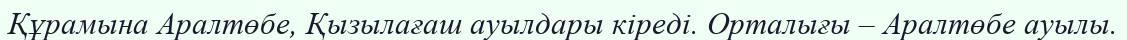
Құрамына Аралтөбе, Қызылағаш ауылдары кіреді. Орталығы – Аралтөбе ауылы.